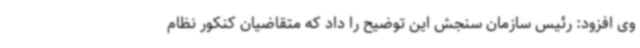
وی افزود: رئیس سازمان سنجش این توضیح را داد که متقاضیان کنکور نظام